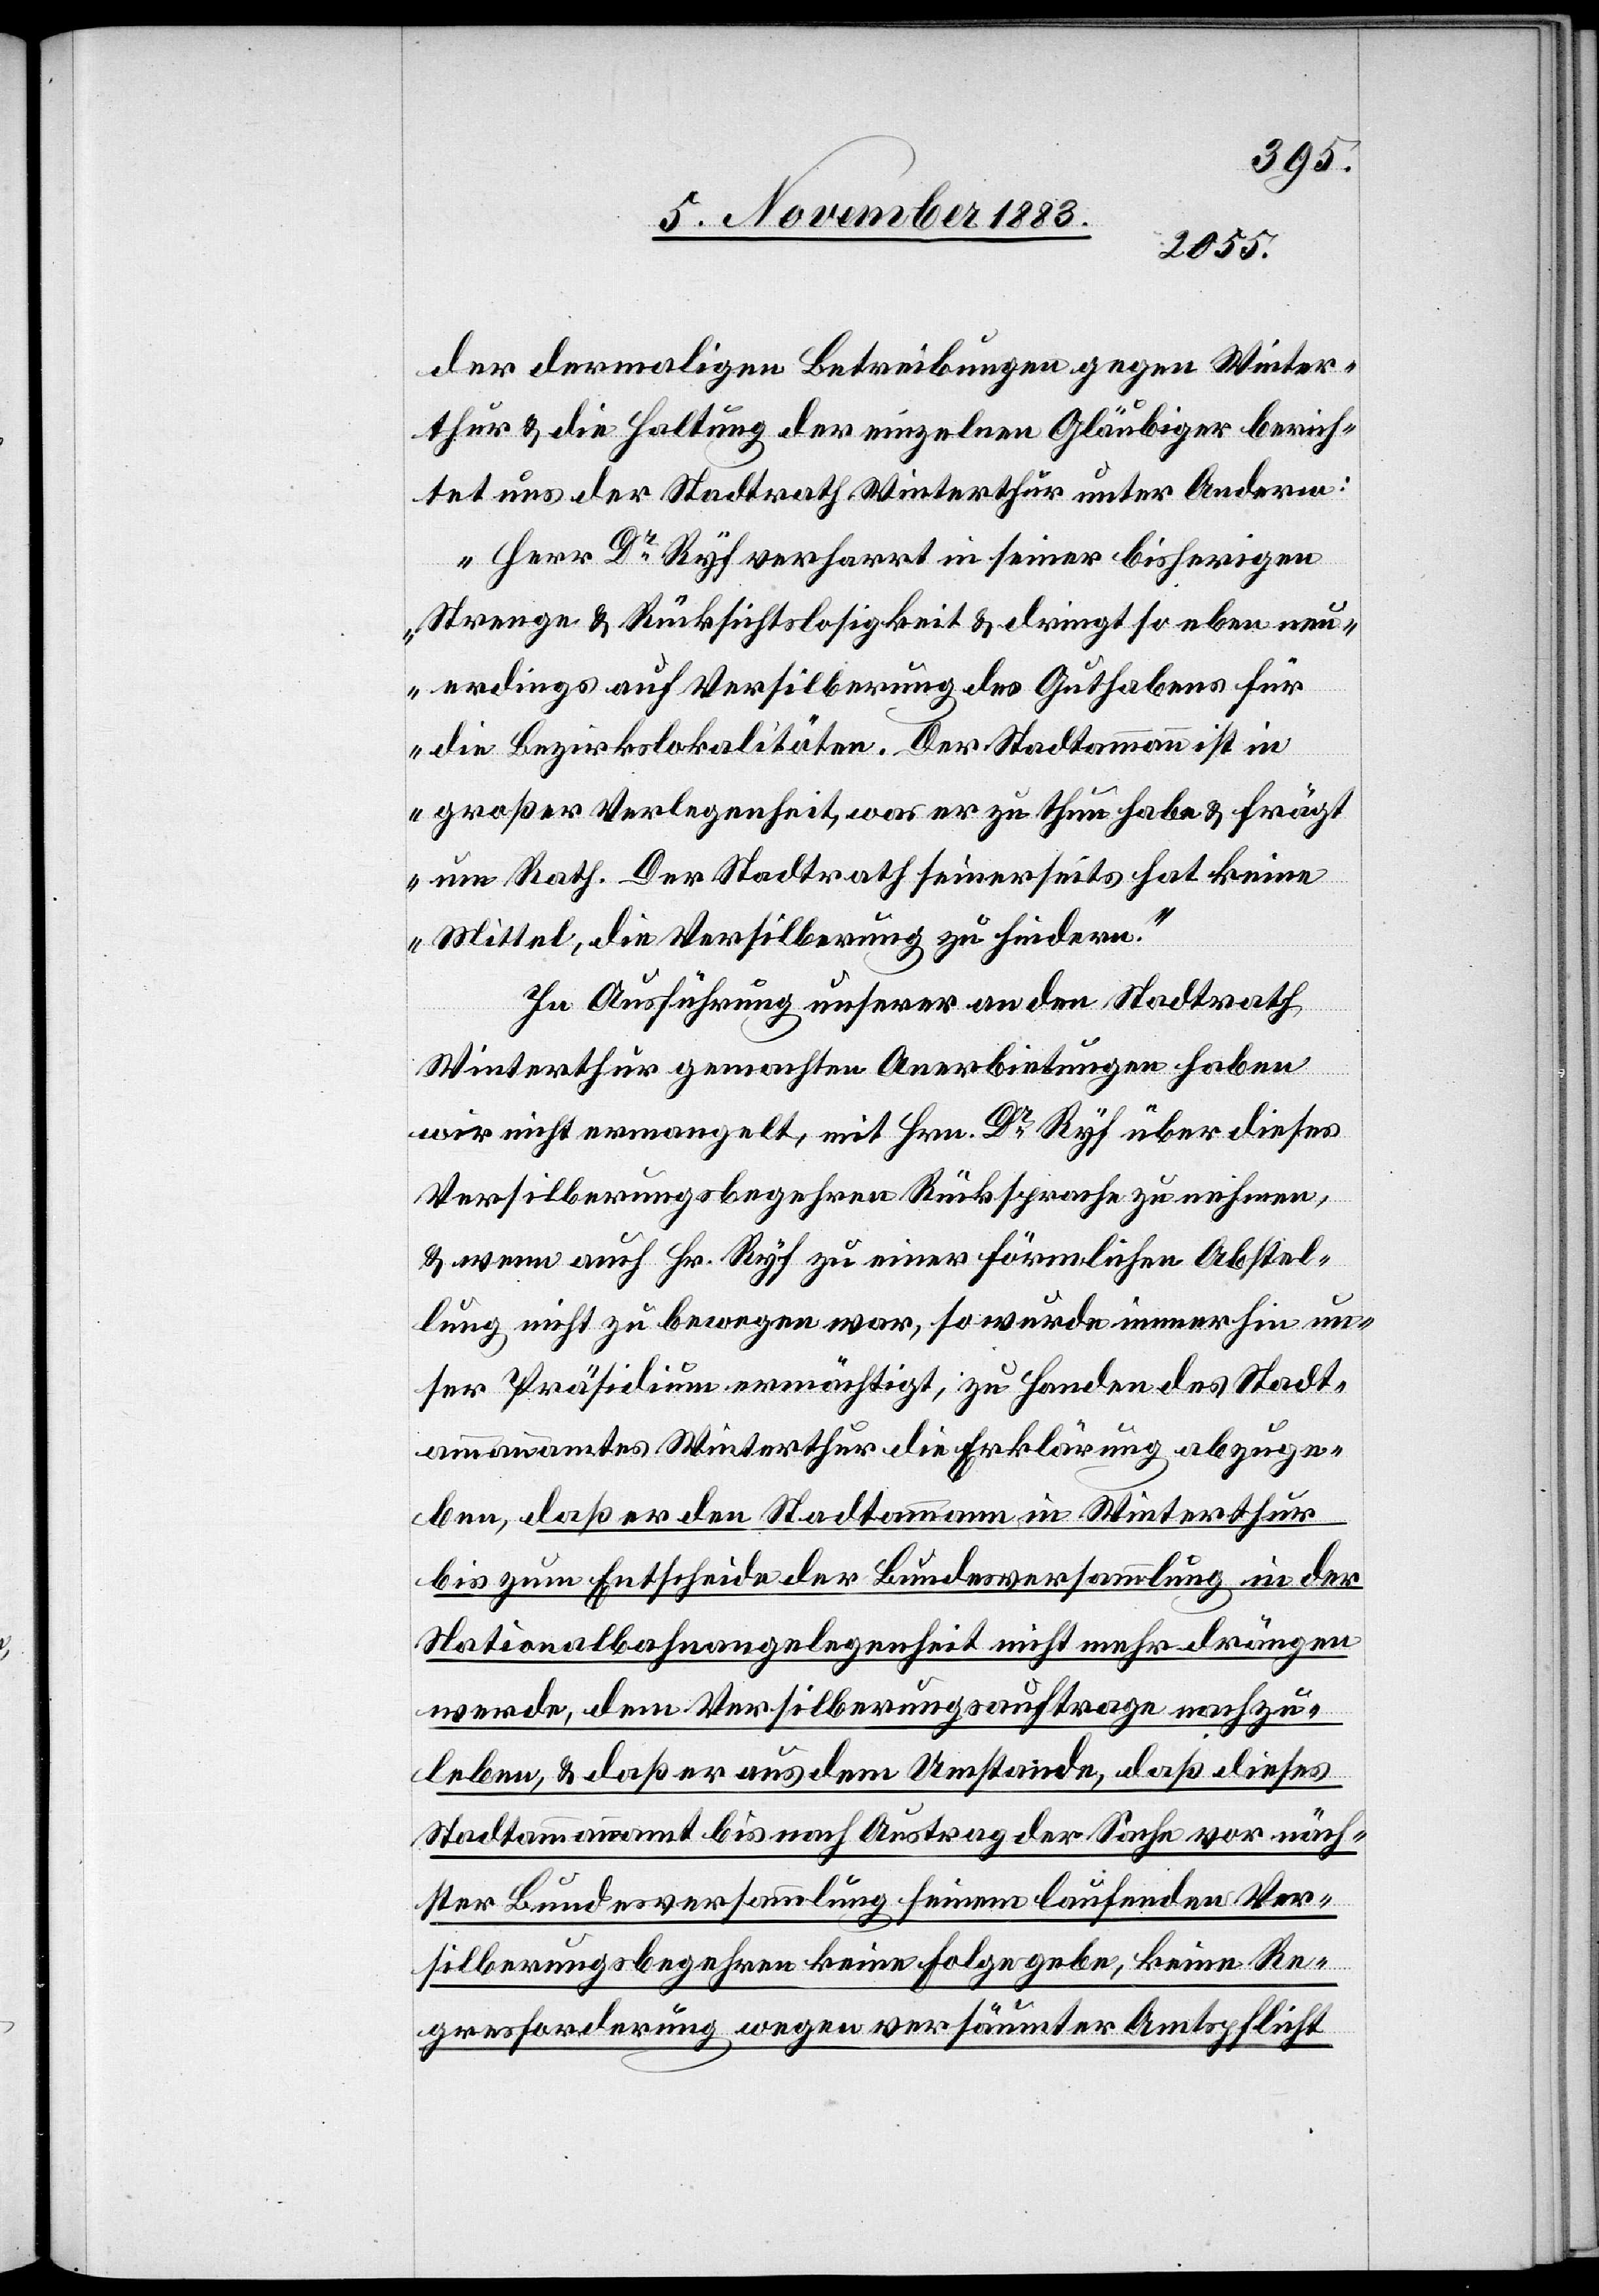
der dermaligen Betreibungen gegen Winter¬
thur & die Haltung der einzelnen Gläubiger berich¬
tet uns der Stadtrath Winterthur unter Anderm:
Herr Dr Ryf verharrt in seiner bisherigen
Strenge & Rücksichtslosigkeit & dringt so eben neu¬
erdings auf Versilberung des Guthabens für
die Bezirkslokalitäten. Der Stadtammann ist in
großer Verlegenheit, was er zu thun habe & frägt
um Rath. Der Stadtrath seinerseits hat keine
Mittel, die Versilberung zu hindern.
In Ausführung unserer an den Stadtrath
Winterthur gemachten Anerbietungen haben
wir nicht ermangelt, mit Hrn. Dr Ryf über dieses
Versilberungsbegehren Rücksprache zu nehmen,
& wenn auch Hr. Ryf zu einer förmlichen Abstel¬
lung nicht zu bewegen war, so wurde immerhin un¬
ser Präsidium ermächtigt, zu Handen des Stadt¬
ammannamtes Winterthur die Erklärung abzuge¬
ben, daß er den Stadtammann in Winterthur
bis zum Entscheide der Bundesversammlung in der
Nationalbahnangelegenheit nicht mehr drängen
werde, dem Versilberungsauftrage nachzu¬
leben, & daß er aus dem Umstande, daß dieses
Stadtammannamt bis nach Austrag der Sache vor näch¬
ster Bundesversammlung seinem laufenden Ver¬
silberungsbegehren keine Folge gebe, keine Re¬
gresforderung wegen versäumter Amtspflicht